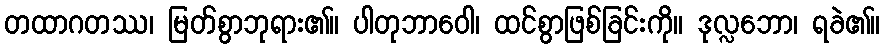
တထာဂတဿ၊ မြတ်စွာဘုရား၏။ ပါတုဘာဝေါ၊ ထင်စွာဖြစ်ခြင်းကို။ ဒုလ္လဘော၊ ရခဲ၏။